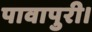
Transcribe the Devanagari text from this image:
पावापुरी।